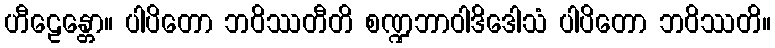
ဟီဠေန္တော။ ပါပိတော ဘဝိဿတီတိ စဏ္ဍဘာဝါဒိဒေါသံ ပါပိတော ဘဝိဿတိ။